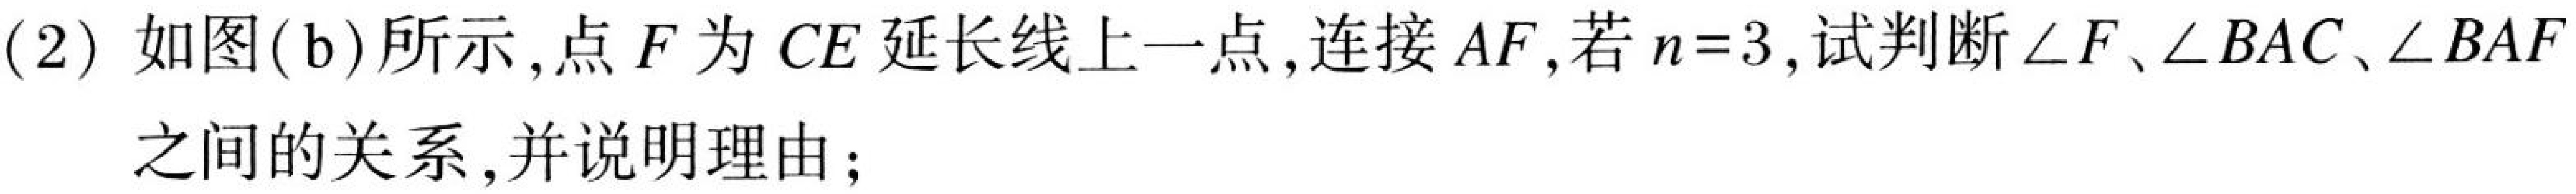
(2) 如图(b)所示,点\(F\)为\(CE\)延长线上一点,连接\(AF\),若\(n = 3\),试判断\(\angle F\)、\(\angle BAC\)、\(\angle BAF\)
之间的关系,并说明理由;